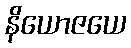
နိယောဇယေ